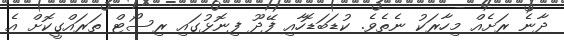
ދާނެ ރަށެއް މިހާރަކު ނެތެވެ. ކުޑަބަޑޮހާއި ފޭދޫ ފިނޮޅުގައި ރިސޯޓް ތަރައްގީކޮށް އެ